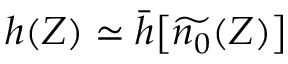
h ( Z ) \simeq \bar { h } \big [ \widetilde { n _ { 0 } } ( Z ) \big ]